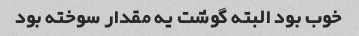
خوب بود البته گوشت یه مقدار سوخته بود